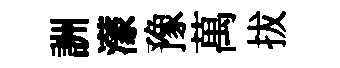
詶濛豫萬拔